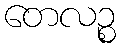
တေလဉ္စ